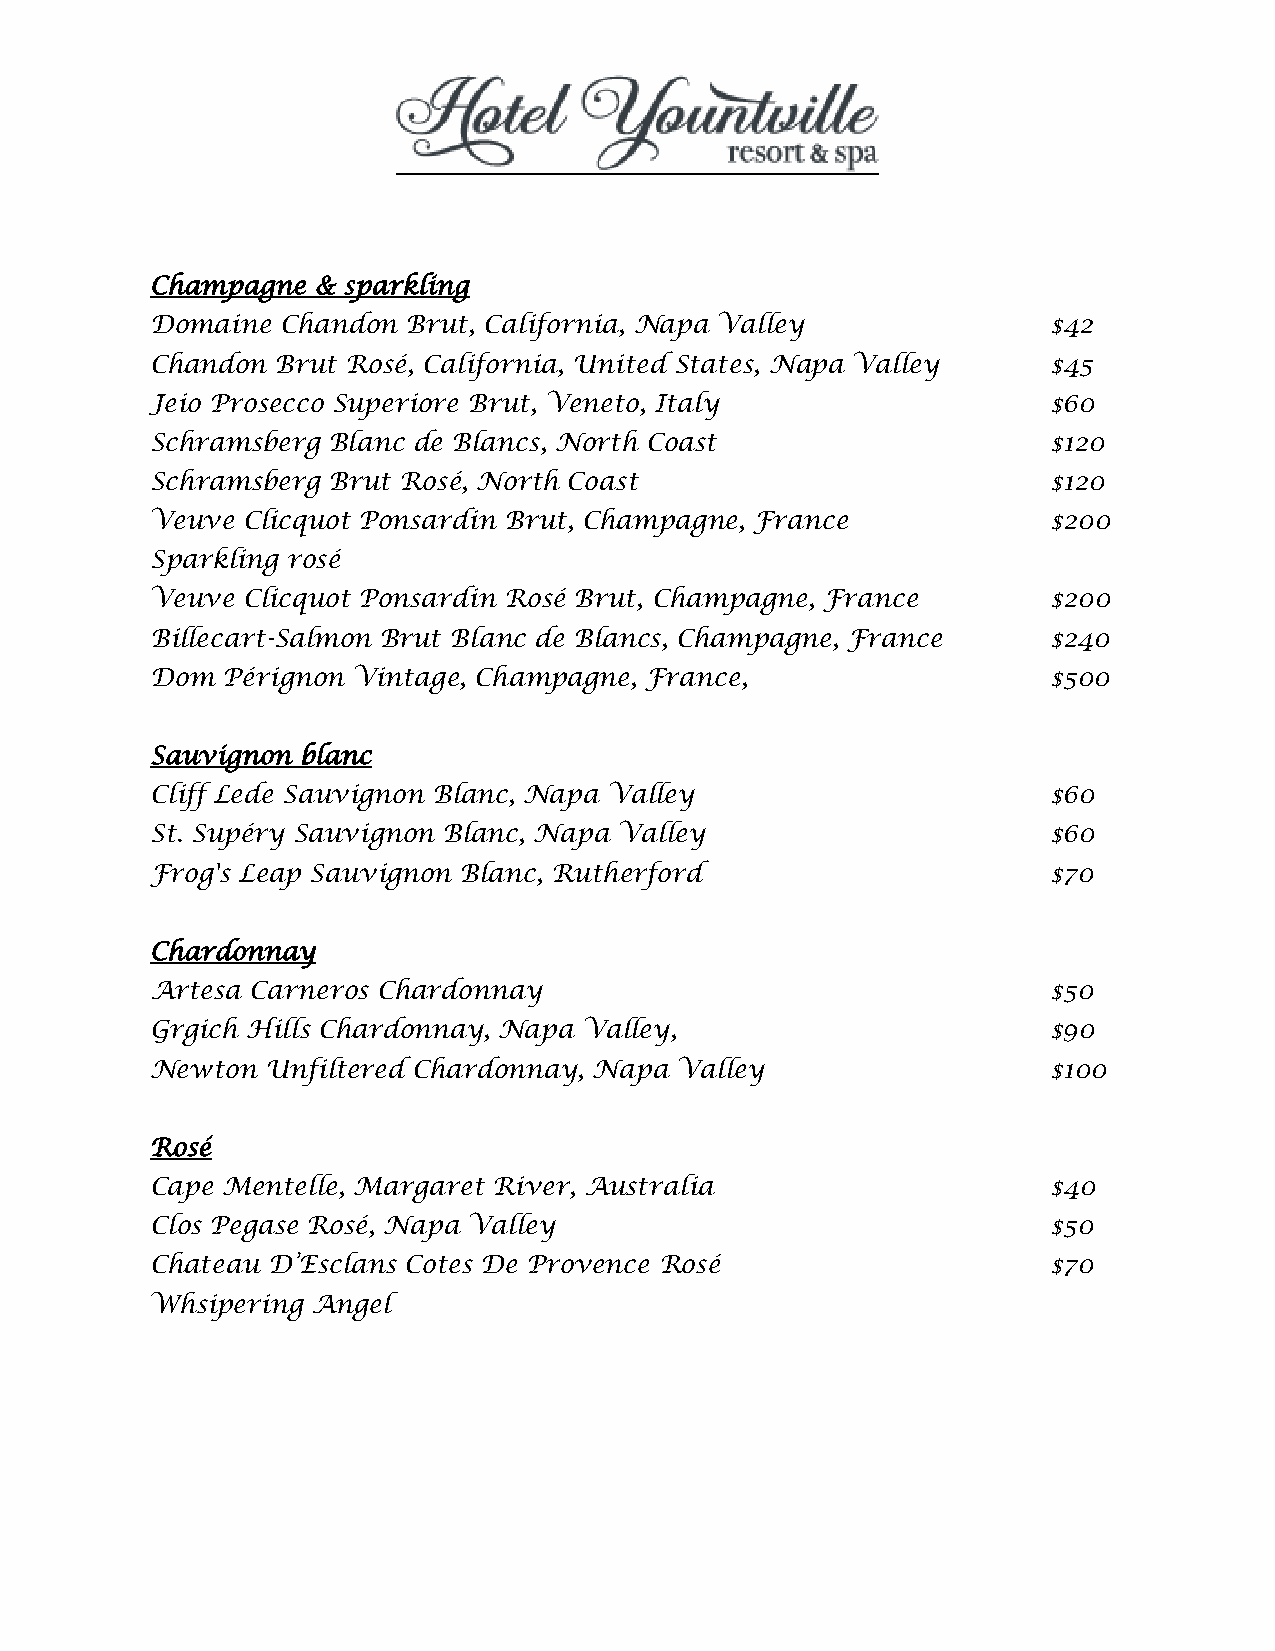
Champagne  & sparkling
 Domaine  Chandon Brut, California, Napa Valley              $42
 Chandon Brut Rosé, California, United States, Napa Valley   $45
 Jeio Prosecco Superiore Brut, Veneto, Italy                 $60
 Schramsberg Blanc de Blancs, North Coast                    $120
 Schramsberg Brut Rosé, North Coast                          $120
 Veuve Clicquot Ponsardin Brut, Champagne, France            $200
 Sparkling rosé
 Veuve Clicquot Ponsardin Rosé Brut, Champagne, France       $200
 Billecart-Salmon Brut Blanc de Blancs, Champagne, France    $240
 Dom  Pérignon Vintage, Champagne, France,                   $500
 Sauvignon blanc
 Cliff Lede Sauvignon Blanc, Napa Valley                     $60
 St. Supéry Sauvignon Blanc, Napa Valley                     $60
 Frog's Leap Sauvignon Blanc, Rutherford                     $70
 Chardonnay
 Artesa Carneros Chardonnay                                  $50
 Grgich Hills Chardonnay, Napa Valley,                       $90
 Newton  Unfiltered Chardonnay, Napa Valley                  $100
 Rosé
 Cape Mentelle, Margaret River, Australia                    $40
 Clos Pegase Rosé, Napa Valley                               $50
 Chateau D’Esclans Cotes De Provence Rosé                    $70
 Whsipering Angel